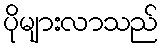
ပိုများလာသည်